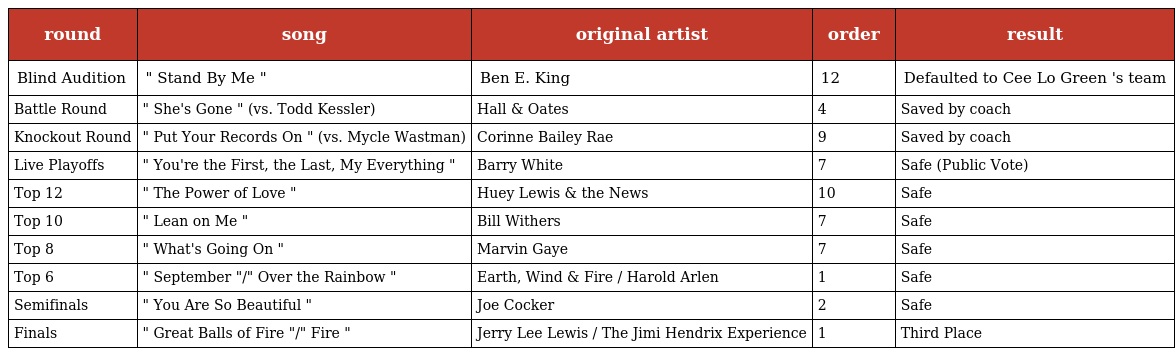
| round | song | original artist | order | result |
 | --- | --- | --- | --- | --- |
 | Blind Audition | " Stand By Me " | Ben E. King | 12 | Defaulted to Cee Lo Green 's team |
 | Battle Round | " She's Gone " (vs. Todd Kessler) | Hall & Oates | 4 | Saved by coach |
 | Knockout Round | " Put Your Records On " (vs. Mycle Wastman) | Corinne Bailey Rae | 9 | Saved by coach |
 | Live Playoffs | " You're the First, the Last, My Everything " | Barry White | 7 | Safe (Public Vote) |
 | Top 12 | " The Power of Love " | Huey Lewis & the News | 10 | Safe |
 | Top 10 | " Lean on Me " | Bill Withers | 7 | Safe |
 | Top 8 | " What's Going On " | Marvin Gaye | 7 | Safe |
 | Top 6 | " September "/" Over the Rainbow " | Earth, Wind & Fire / Harold Arlen | 1 | Safe |
 | Semifinals | " You Are So Beautiful " | Joe Cocker | 2 | Safe |
 | Finals | " Great Balls of Fire "/" Fire " | Jerry Lee Lewis / The Jimi Hendrix Experience | 1 | Third Place |